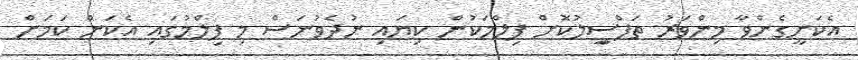
އެކަށީގެންވާ މިންވަރު ތަފްސިީލުކޮށް ފިލްމަކުން ކިޔައި ނުދެވުނަސް މި ފިލްމުގައި އެކަން ކަމަށް